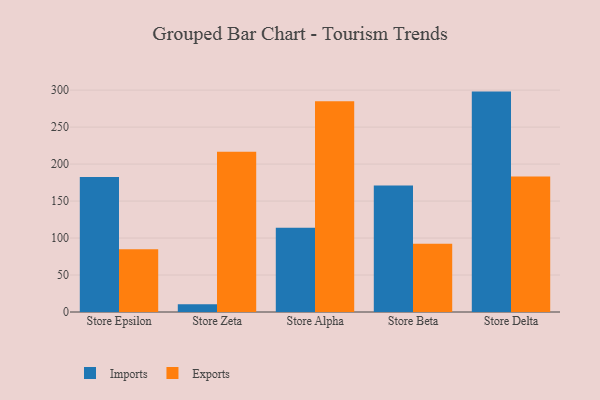
{"axis": {"x": "Store", "y": "Churn Rate (%)"}, "legend": ["Exports", "Imports"], "data": [{"x": "Store Epsilon", "y": 182.4, "type": "Imports"}, {"x": "Store Epsilon", "y": 84.9, "type": "Exports"}, {"x": "Store Zeta", "y": 10.5, "type": "Imports"}, {"x": "Store Zeta", "y": 216.6, "type": "Exports"}, {"x": "Store Alpha", "y": 113.9, "type": "Imports"}, {"x": "Store Alpha", "y": 285.1, "type": "Exports"}, {"x": "Store Beta", "y": 170.9, "type": "Imports"}, {"x": "Store Beta", "y": 92.4, "type": "Exports"}, {"x": "Store Delta", "y": 298.0, "type": "Imports"}, {"x": "Store Delta", "y": 183.1, "type": "Exports"}]}